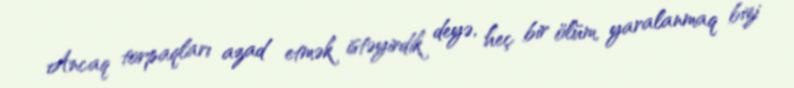
Ancaq torpaqları azad etmək istəyirdik deyə, heç bir ölüm, yaralanmaq bizi